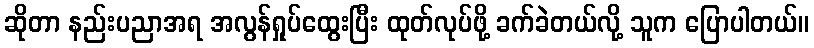
ဆိုတာ နည်းပညာအရ အလွန်ရှုပ်ထွေးပြီး ထုတ်လုပ်ဖို့ ခက်ခဲတယ်လို့ သူက ပြောပါတယ်။